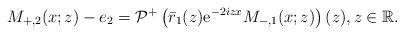
\begin{align*}M_{+,2}(x ;z)-e_{2}=\mathcal{P}^+\left(\bar{r}_1(z) \mathrm{e}^{-2iz x} M_{-,1}(x; z)\right)(z), z \in\mathbb{R}.\end{align*}